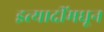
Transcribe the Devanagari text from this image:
इत्यादींमधून